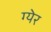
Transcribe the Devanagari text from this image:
ग्येर